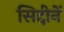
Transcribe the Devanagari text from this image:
सिद्दीनें